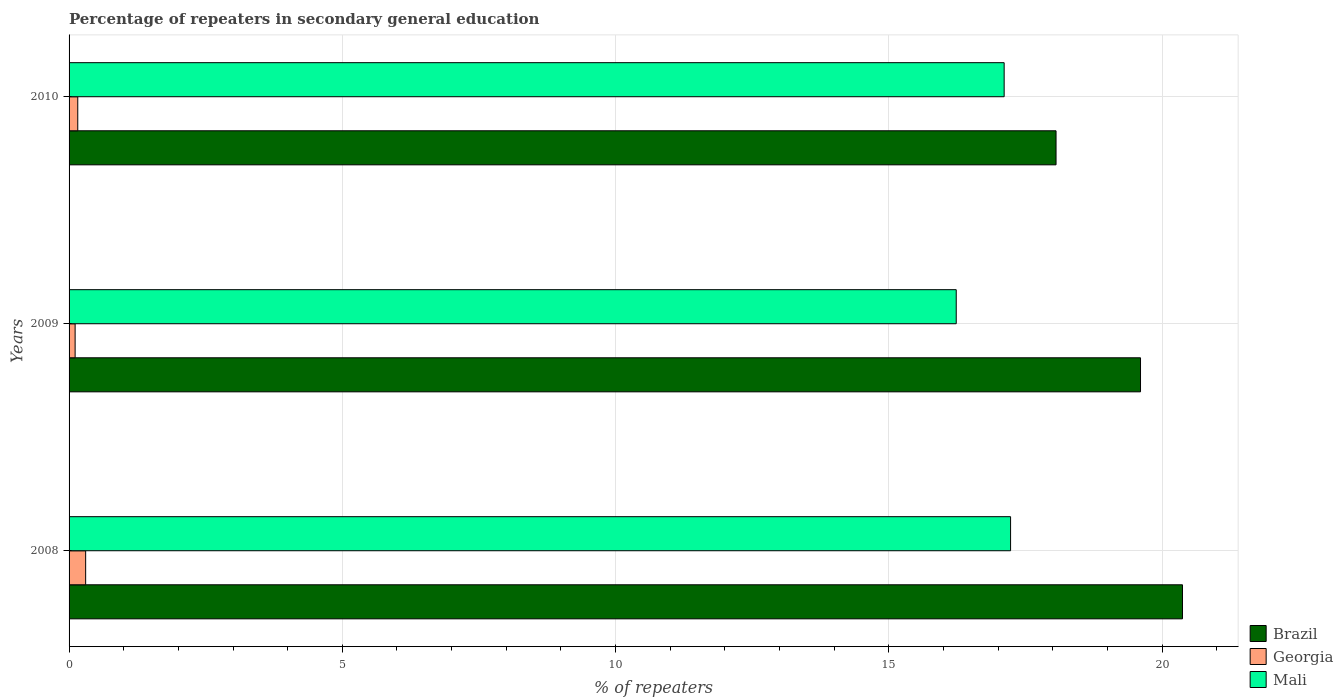
| Years | Brazil | Georgia | Mali |
 | --- | --- | --- | --- |
 | 2008 | 20.4 | 0.303 | 17.2 |
 | 2009 | 19.6 | 0.111 | 16.2 |
 | 2010 | 18.1 | 0.159 | 17.1 |